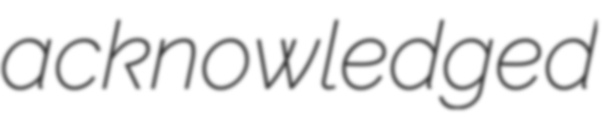
acknowledged